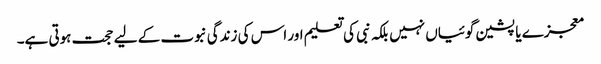
معجزے یا پشین گوئیاں نہیں بلکہ نبی کی تعلیم اور اس کی زندگی نبوت کے لیے حجت ہوتی ہے۔